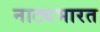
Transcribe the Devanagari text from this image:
नाट्यभारत